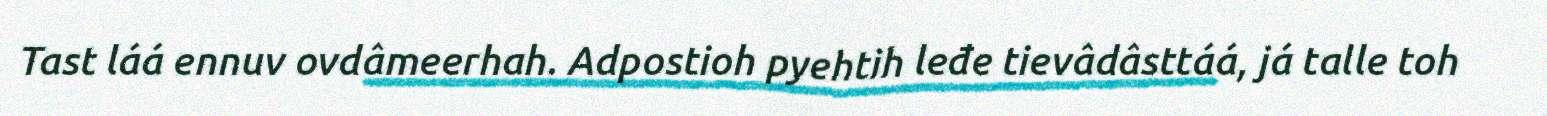
Tast láá ennuv ovdâmeerhah. Adpostioh pyehtih leđe tievâdâsttáá, já talle toh